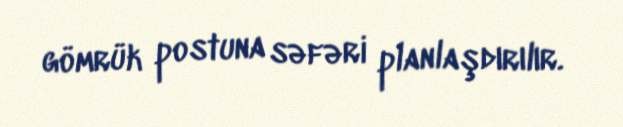
gömrük postuna səfəri planlaşdırılır.